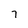
Character: 7